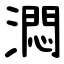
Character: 㵍